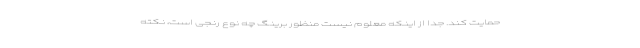
حمایت کند. جدا از اینکه معلوم نیست منظور برینگ چه نوع رنجی است، نکته